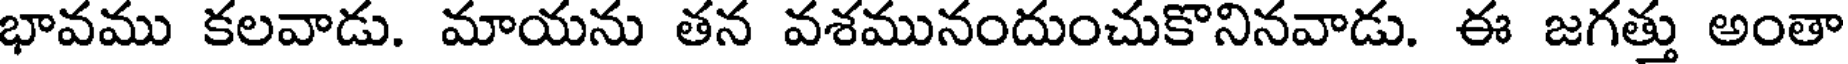
భావము కలవాడు. మాయను తన వశమునందుంచుకొనినవాడు. ఈ జగత్తు అంతా